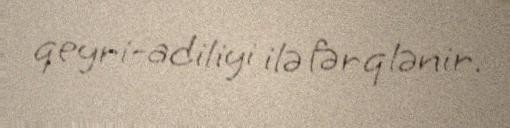
qeyri-adiliyi ilə fərqlənir.